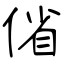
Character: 偗